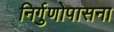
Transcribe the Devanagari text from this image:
निर्गुणोपासना